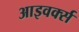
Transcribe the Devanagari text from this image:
आइवर्क्स